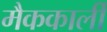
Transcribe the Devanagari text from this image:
मैककार्ली